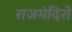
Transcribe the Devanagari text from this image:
राजमंदिरों